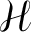
\mathcal { H }